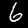
Label: 6